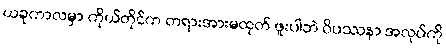
ယခုကာလမှာ ကိုယ်တိုင်က တရားအားမထုတ် ဖူးပါဘဲ ဝိပဿနာ အလုပ်ကို